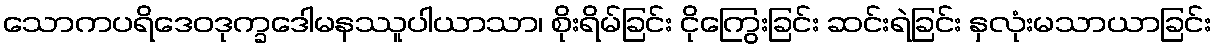
သောကပရိဒေဝဒုက္ခဒေါမနဿူပါယာသာ၊ စိုးရိမ်ခြင်း ငိုကြွေးခြင်း ဆင်းရဲခြင်း နှလုံးမသာယာခြင်း